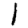
Digit: 1